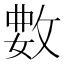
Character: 𫾺